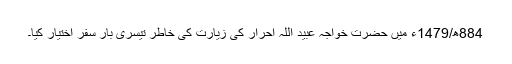
884ھ/1479ء میں حضرت خواجہ عبید اللہ احرار کی زیارت کی خاطر تیسری بار سفر اختیار کیا۔